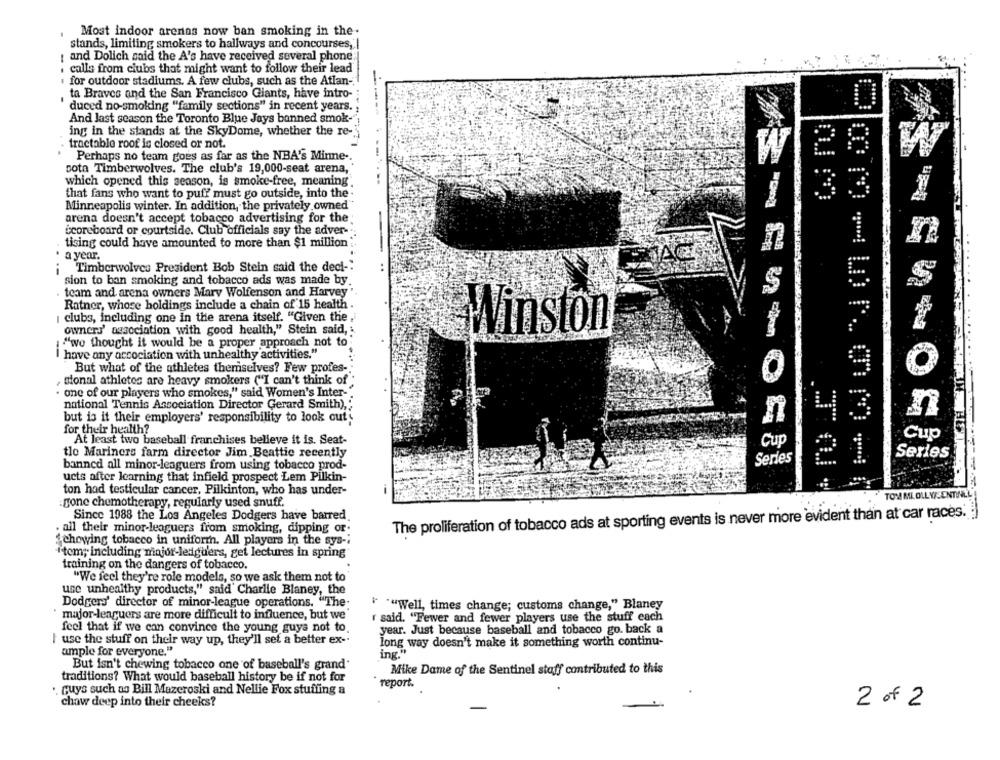
Most indoor arenas now ban smoking in the .
stands, limiting smokers to hallways and concourses,'
and Dolich said the A's have received several phone
calls from clubs that might want to follow their lead
for outdoor stadiums. A few clubs, such as the Atlan-
-- -
ta Braves and the San Francisco Giants, have intro-
duced no-smoking "family sections" in recent years.
And last season the Toronto Blue Jays banned smok-
ing in the stands at the SkyDome, whether the re-
tractable roof is closed or not.
Perhaps no team goes as far as the NBA's Minne -.
cota Timberwolves. The club's 19,000-seat arena,
which opened this season, is smoke-free, meaning
that fans who want to puff must go outside, into the
Minneapolis winter. In addition, the privately owned
arena doesn't accept tobacco advertising for the
scoreboard or courtside. Club officials say the adver-
tising could have amounted to more than $1 million
-
a year.
Timberwolves President Bob Stein said the deci-"
..
sion to ban smoking and tobacco ads was made by.
team and arena owners Mary Wolfenson and Harvey
Ratner, whose holdings include a chain of 15 health .
i clubs, including one in the arena itself. "Given the
owners' association with good health," Stein said,
Winston
"we thought it would be a proper approach not to
I have any accociation with unhealthy activities."
But what of the athletes themselves? Few profes-
, sional athletes are heavy smokers ("I can't think of
one of our players who smokes," said Women's Inter-"
national Tennis Association Director Gerard Smith),
but is it their employers' responsibility to look out
for their health?
At least two baseball franchises believe it is. Seat-
Cup
Cup
tle Mariners farm director Jim Beattie recently
Serles
Series
21
banned all minor-leaguers from using tobacco prod-
ucts after learning that infield prospect Lem Pilkin-
ton had testicular cancer, Pilkinton, who has under-
TOM ML OLL W/SENTINL!
gone chemotherapy, regularly used snuff.
Since 1988 the Los Angeles Dodgers have barred.
The proliferation of tobacco ads at sporting events is never more 'evident than at car races.
. all their minor-leaguers from smoking, dipping or.
"chewing tobacco in uniformn. All players in the sys -;
Item; including major-leaguers, get lectures in spring
training on the dangers of tobacco.
""We feel they're role models, so we ask them not to
use unhealthy products," said Charlie Blaney, the
Dodgers' director of minor-league operations. "The.
""Well, times change; customs change," Blaney
major-leaguers are more difficult to influence, but we
r said. "Fewer and fewer players use the stuff each
feel that if we can convince the young guya not to.
year. Just because baseball and tobacco go. back a
I use the stuff on their way up, they'll set a better ex -.
long way doesn't make it something worth continu-
ample for everyone."
ing."
But isn't chewing tobacco one of baseball's grand'
Mike Dame of the Sentinel staff contributed to this
traditions? What would baseball history be if not for
report.
· Guys such as Bill Mazeroski and Nellie Fox stuffing a
chaw deep into their cheeks?
2 of 2